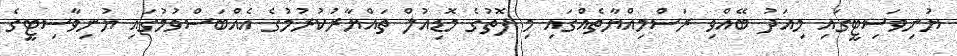
ޔުނިވަސިޓީގައި މިއަދު ބޭއްވި ރަސްމިއްޔާތެއްގައި މި ފޮތުގެ މޮޑިއުލް ތައްޔާރުުކުރުމުގެ އެއްބަސްވުމުގައި ޔުނިވާސިޓީގެ